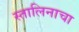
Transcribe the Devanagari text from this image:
स्तालिनाचा